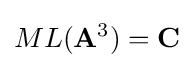
ML(\mathbf {A} ^{3})=\mathbf {C}